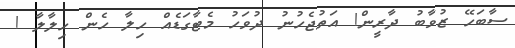
ސާބަހޭ ޒުވާބު ދާރީން! އަތުޖެހުނު ދުވަހު މެޓާގަޑެއް ހިލާ ހެން ހިލާލާ !